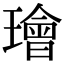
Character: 璯